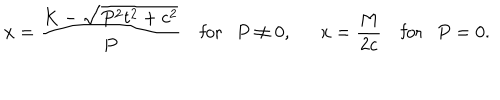
x = \frac { K - \sqrt { P ^ { 2 } t ^ { 2 } + c ^ { 2 } } } { P } ~ \mathrm { f o r } P \neq 0 , x = \frac { M } { 2 c } ~ \mathrm { f o r } P = 0 .